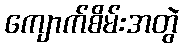
ကျောက်စိမ်းအတွဲ